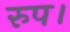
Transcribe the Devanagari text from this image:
रुप।